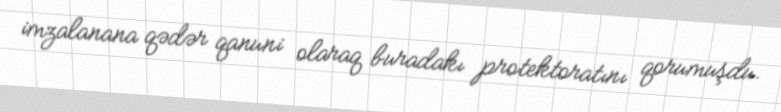
imzalanana qədər qanuni olaraq buradakı protektoratını qorumuşdu.